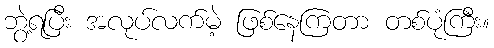
ဘွဲ့ရပြီး အလုပ်လက်မဲ့ ဖြစ်နေကြတာ တစ်ပုံကြီး။